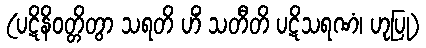
(ပဋိနိဝတ္တိတွာ သရတိ ဟိံ သတီတိ ပဋိသရဏံ၊ ဟုပြု)